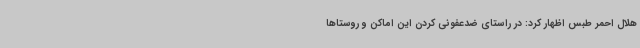
هلال احمر طبس اظهار کرد: در راستای ضدعفونی کردن این اماکن و روستاها